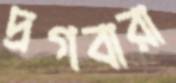
দ্রগবারা